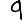
Digit: 9